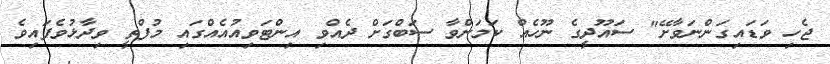
ޖެހި ވަޑައިގަންނަވާށޭ" ސައޫދީގެ ނޫހެއް ކަމަށްވާ ސަބްގަށް ދެއްވި އިންޓަވިއުއެއްގައި މުފްތީ ވިދާޅުވެފައިވެ